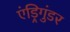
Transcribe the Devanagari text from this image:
एंड्रिगुंडर